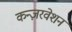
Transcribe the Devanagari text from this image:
कन्ज़रवेशन